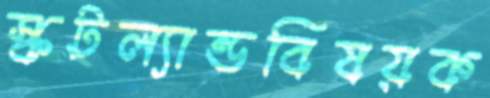
স্কটল্যান্ডবিষয়ক